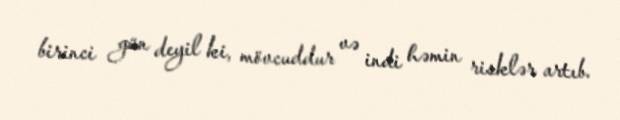
birinci gün deyil ki, mövcuddur və indi həmin risklər artıb.